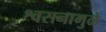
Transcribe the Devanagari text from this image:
श्वसनामुळे